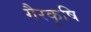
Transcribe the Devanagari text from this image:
गैरकृषि